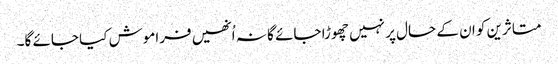
متاثرین کو ان کے حال پر نہیں چھوڑا جائے گا نہ اُنھیں فراموش کیا جائے گا۔